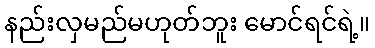
နည်းလှမည်မဟုတ်ဘူး မောင်ရင်ရဲ့။